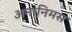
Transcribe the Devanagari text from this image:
अनानिमस